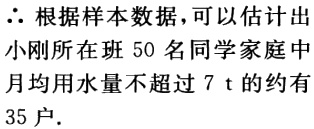
\(\therefore\)根据样本数据，可以估计出小刚所在班\(50\)名同学家庭中月均用水量不超过\(7\ \mathrm{t}\)的约有\(35\)户.